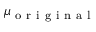
\mu _ { \mathrm { ~ o ~ r ~ i ~ g ~ i ~ n ~ a ~ l ~ } }